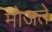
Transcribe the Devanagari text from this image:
मोजते